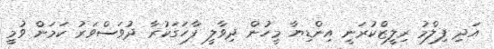
އަދި ފިލްމު ރިލީޒްކުރަނީ އިންޑިޔާ މީހުން ދިވާލީ ފާހަގަކުރާ ދުވަސްވަރު ކަމަށް ވުމީ